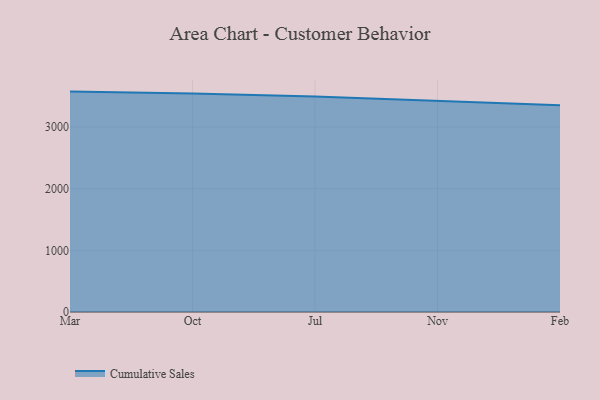
{"axis": {"x": "Month", "y": "Inventory Turnover"}, "legend": ["Cumulative Sales"], "data": [{"x": "Mar", "y": 3576.1, "type": "Cumulative Sales"}, {"x": "Oct", "y": 3545.9, "type": "Cumulative Sales"}, {"x": "Jul", "y": 3496.9, "type": "Cumulative Sales"}, {"x": "Nov", "y": 3420.7, "type": "Cumulative Sales"}, {"x": "Feb", "y": 3354.6, "type": "Cumulative Sales"}]}